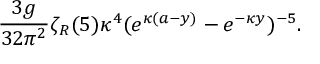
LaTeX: { \frac { 3 g } { 3 2 \pi ^ { 2 } } } \zeta _ { R } ( 5 ) \kappa ^ { 4 } ( e ^ { \kappa ( a - y ) } - e ^ { - \kappa y } ) ^ { - 5 } .